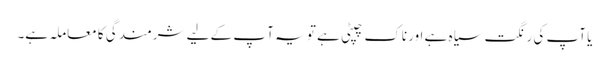
یا آپ کی رنگت سیاہ ہے اور ناک چپٹی ہے تو یہ آ پ کے لیے شرمندگی کا معاملہ ہے۔